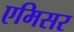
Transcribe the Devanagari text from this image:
एमिसर